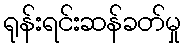
ရုန်းရင်းဆန်ခတ်မှု